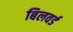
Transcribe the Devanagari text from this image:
बिलवर्ड